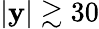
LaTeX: |\mathbf{y}|\gtrsim30